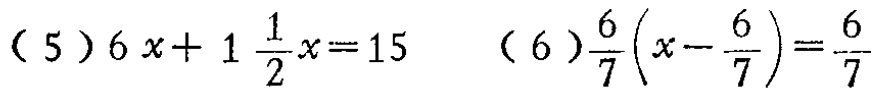
(5) \(6x + 1\frac{1}{2}x = 15\)  (6) \(\frac{6}{7}(x - \frac{6}{7})=\frac{6}{7}\)